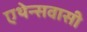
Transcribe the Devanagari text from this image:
एथेन्सवासी